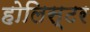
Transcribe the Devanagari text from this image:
होलिस्टर